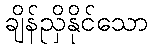
ချိန်ညှိနိုင်သော